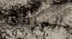
المرفق